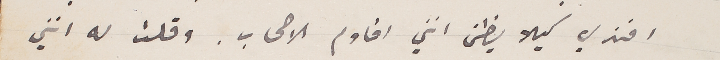
افندي كيلا يظن انني اقاوم الاصحاب. وقلت له انني